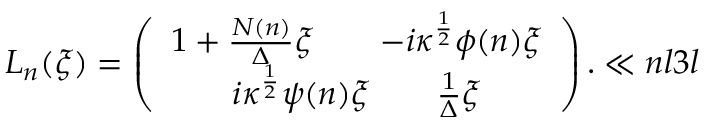
{ L } _ { n } ( \xi ) = \left( \begin{array} { c } { { { 1 + { \frac { N ( n ) } { \Delta } } \xi } \qquad { - i \kappa ^ { \frac { 1 } { 2 } } \phi ( n ) \xi } } } \\ { { { i \kappa ^ { \frac { 1 } { 2 } } \psi ( n ) \xi } \qquad { { \frac { 1 } { \Delta } } \xi } } } \end{array} \right) . \ll { n l 3 l }